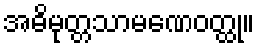
အဓိမုတ္တသာမဏေဝတ္ထု။